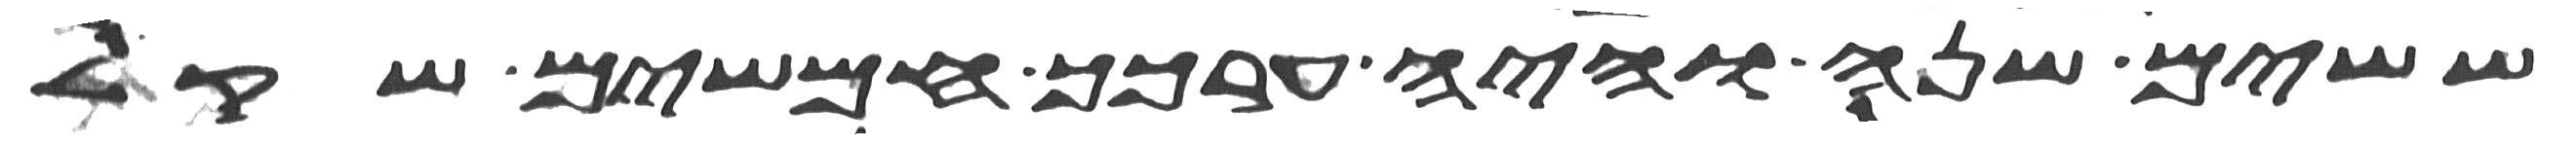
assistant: ששים שנה והיה ערכך חמשים שקל